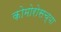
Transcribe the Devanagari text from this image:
कोमोरोसच्या